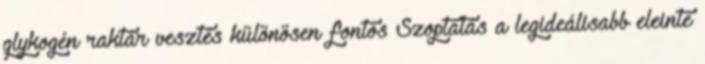
glykogén raktár vesztés különösen fontos Szoptatás a legideálisabb eleinte